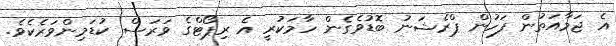
އެ ޖަމާއަތުން ފަހުން ޕްރެޝަނު ބޮޑުވެގެން ހާމަކުރީ އެ ރިޕޯޓްގެ ވަރަސް ކުޑަމިންވަރެކެވެ.